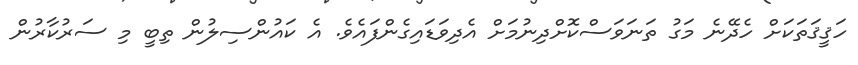
ހަޤީޤަތަކަށް ހެދޭނެ މަގު ތަނަވަސްކޮށްދިނުމަށް އެދިވަޑައިގެންފައެވެ. އެ ކައުންސިލުން ތިބީ މި ސަރުކާރުން